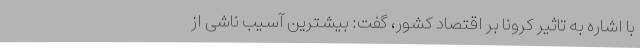
با اشاره به تاثیر کرونا بر اقتصاد کشور، گفت: بیشترین آسیب ناشی از